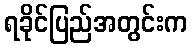
ရခိုင်ပြည်အတွင်းက